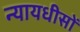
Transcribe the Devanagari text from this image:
न्यायधीसों